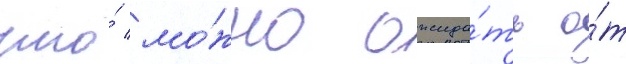
что́ мо́жно ожида́ть о́т